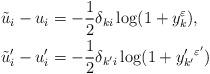
LaTeX: \begin{align*}\tilde{u}_i-u_i&=-\frac{1}{2}\delta_{ki} \log(1+y_k^{\varepsilon}),\\\tilde{u}'_i-u'_i&=-\frac{1}{2}\delta_{k'i} \log(1+y'_{k'}{}^{\varepsilon'})\end{align*}